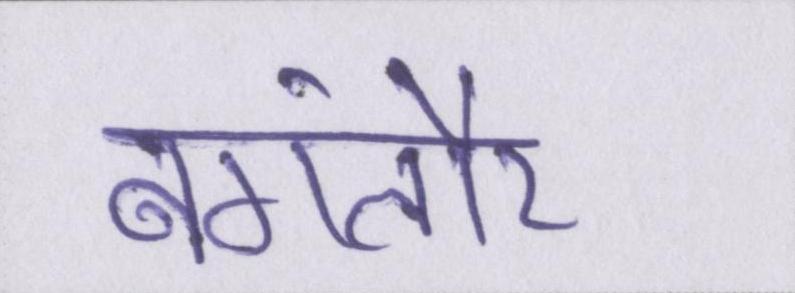
बंगलौर